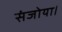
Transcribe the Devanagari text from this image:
संजोया।